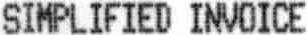
SIMPLIFIED INVOICE